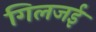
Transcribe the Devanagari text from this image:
गिलजई